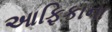
આફિકાના